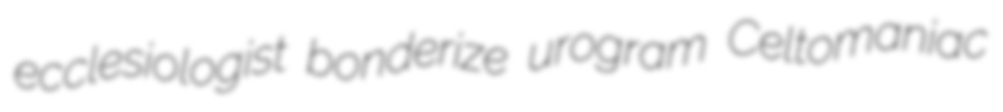
ecclesiologist bonderize urogram Celtomaniac